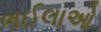
ભઈલાઓ